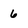
Character: 6